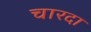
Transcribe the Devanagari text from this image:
चारदा